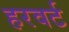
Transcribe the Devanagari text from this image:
हरवर्ट